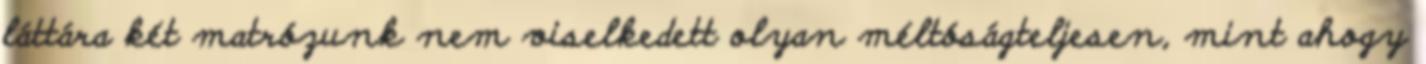
láttára két matrózunk nem viselkedett olyan méltóságteljesen, mint ahogy